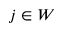
j \in W